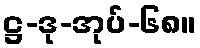
ဋ္ဌ-ဒု-အုပ်-၆၈။